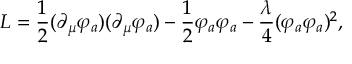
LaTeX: L = { \frac { 1 } { 2 } } ( \partial _ { \mu } \varphi _ { a } ) ( \partial _ { \mu } \varphi _ { a } ) - { \frac { 1 } { 2 } } \varphi _ { a } \varphi _ { a } - { \frac { \lambda } { 4 } } ( \varphi _ { a } \varphi _ { a } ) ^ { 2 } ,